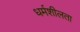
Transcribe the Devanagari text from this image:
धर्मशीलता